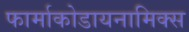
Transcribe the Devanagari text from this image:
फार्माकोडायनामिक्स